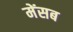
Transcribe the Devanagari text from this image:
मेंसब